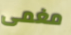
مغمى